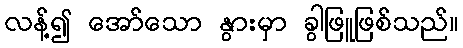
လန့်၍ အော်သော နွားမှာ ခွါဖြူဖြစ်သည်။